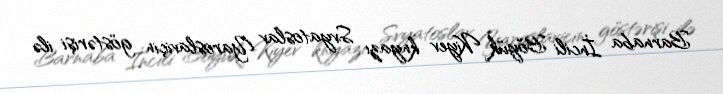
Barnaba İncili Böyük Kiyev knyazı Svyatoslav Yaroslaviçin göstərişi ilə